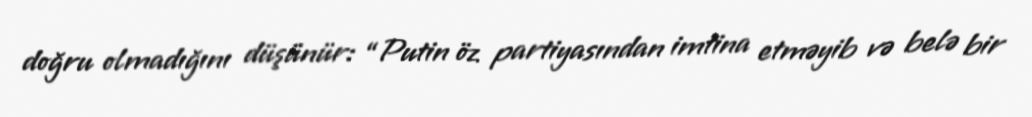
doğru olmadığını düşünür: “Putin öz partiyasından imtina etməyib və belə bir